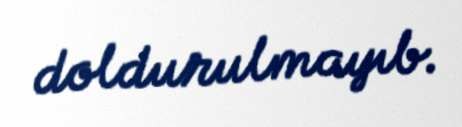
doldurulmayıb.